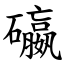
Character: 䃷